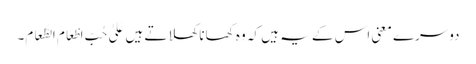
دوسرے معنی اس کے یہ ہیں کہ وہ کھانا کھلاتے ہیں عَلیٰ حُبِّ اِطْعَامِ الطَّعَامِ۔